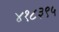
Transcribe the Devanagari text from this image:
४१८३९५